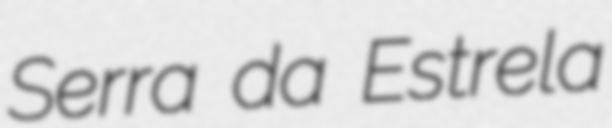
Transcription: Serra da Estrela